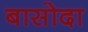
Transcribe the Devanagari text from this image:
बासोदा